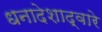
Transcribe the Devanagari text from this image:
धनादेशाद्वारे